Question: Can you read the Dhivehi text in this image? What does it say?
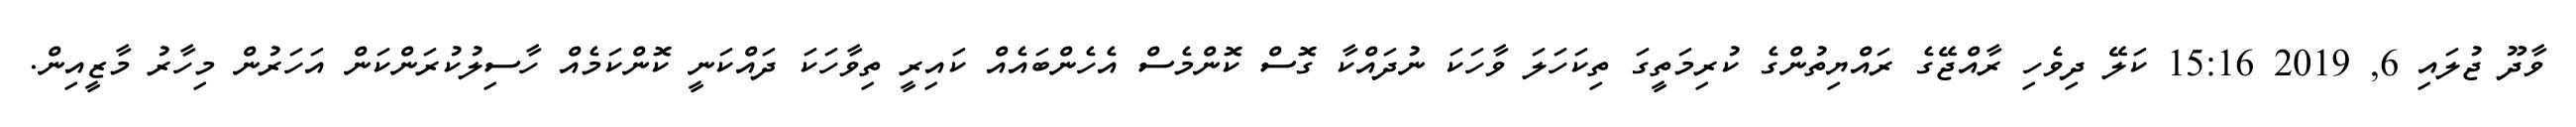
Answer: ވާދޫ ޖުލައި 6, 2019 15:16 ކަލޭ ދިވެހި ރާއްޖޭގެ ރައްޔިތުންގެ ކުރިމަތީގަ ތިކަހަލަ ވާހަކަ ނުދައްކާ ގޮސް ކޮންމެސް އެހެންބައެއް ކައިރީ ތިވާހަކަ ދައްކަނީ ކޮންކަމެއް ހާސިލުކުރަންކަން އަހަރުން މިހާރު މާޒީއިން.